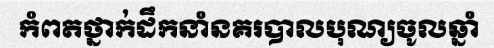
កំពតថ្នាក់ដឹកនាំនគរបាលបុណ្យចូលឆ្នាំ